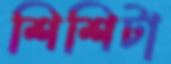
শিশিটা